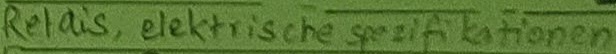
Text: Relais, elektrische spezifikationen